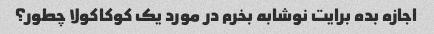
اجازه بده برایت نوشابه بخرم در مورد یک کوکاکولا چطور؟